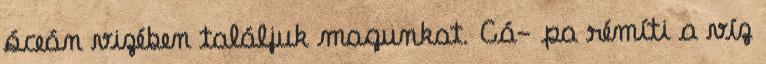
óceán vizében találjuk magunkat. Cá- pa rémíti a víz